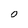
Character: 0